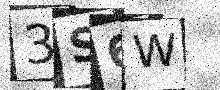
Text: 3S6W